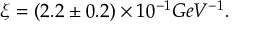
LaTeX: \xi = ( 2 . 2 \pm 0 . 2 ) \times 1 0 ^ { - 1 } G e V ^ { - 1 } .